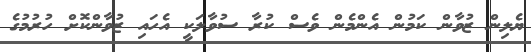
ޔެލިން ޒުވާން ކަމުން އެންމެން ވެސް ކުރާ ސުވާލަކީ އެހައި ޒުވާންކޮށް ހުރުމުގެ